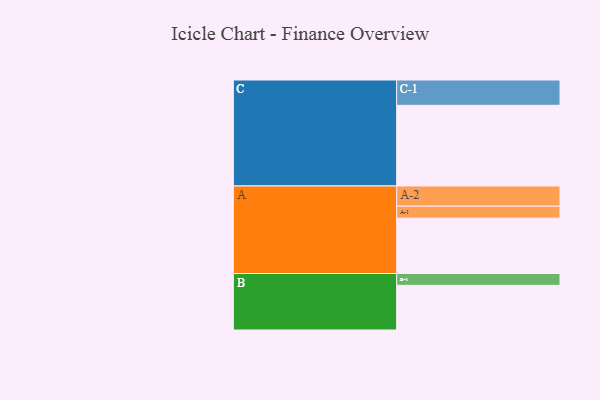
{"axis": {"x": "Segment", "y": "Value"}, "legend": ["", "A", "B", "C"], "data": [{"x": "A", "y": 403, "type": ""}, {"x": "B", "y": 325, "type": ""}, {"x": "C", "y": 587, "type": ""}, {"x": "A-1", "y": 87, "type": "A"}, {"x": "A-2", "y": 147, "type": "A"}, {"x": "B-1", "y": 86, "type": "B"}, {"x": "C-1", "y": 184, "type": "C"}]}